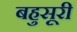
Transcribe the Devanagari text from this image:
बहुसूरी